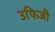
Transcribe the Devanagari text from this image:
उफिजी